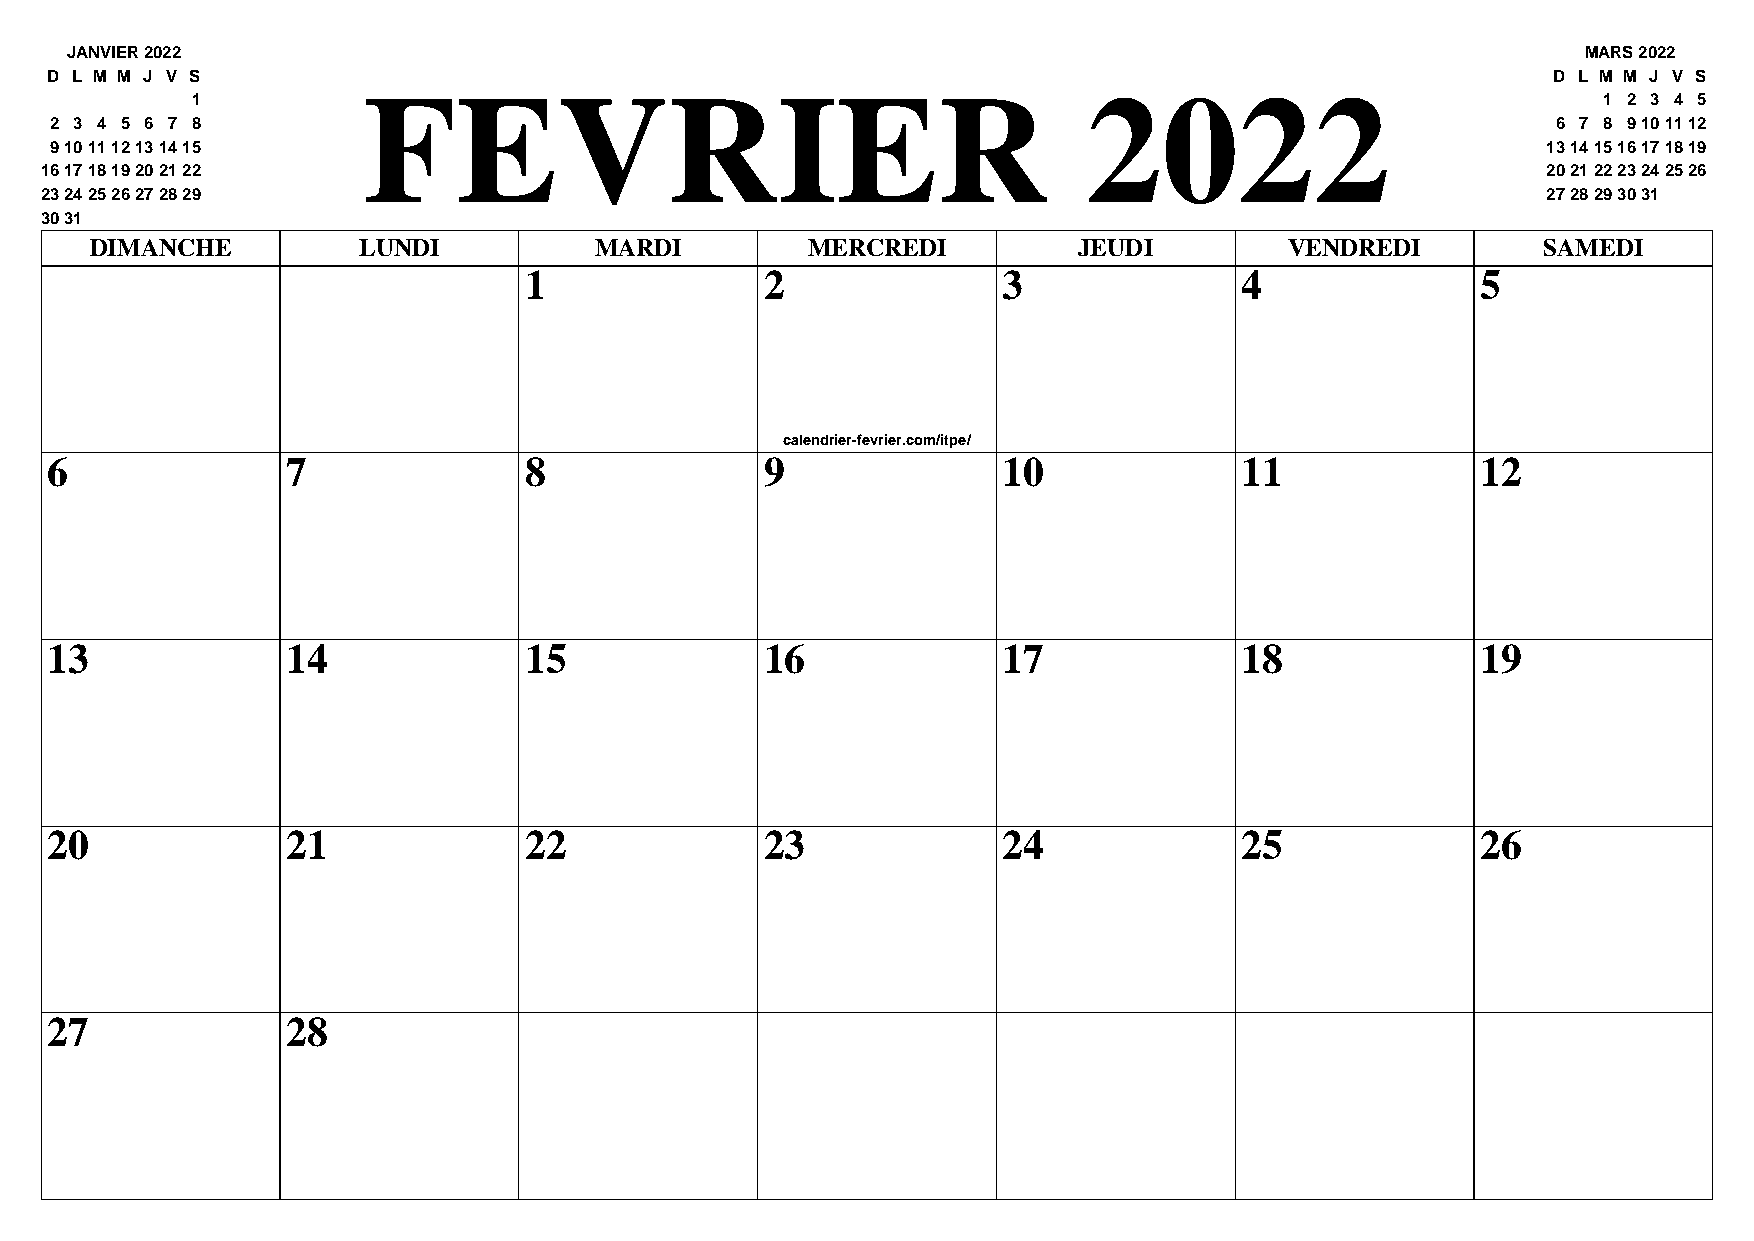
JANVIER 2022                                                                                         MARS 2022
 D L M M J V S                                                                                       D L M M J V S
 FEVRIER                                         2022
 1                                                                                            1 2 3 4 5
 2 3 4 5 6 7 8                                                                                       6 7 8 9101112
 9101112131415                                                                                      13141516171819
 16171819202122                                                                                     20212223242526
 23242526272829                                                                                     2728293031
 3031
 DIMANCHE          LUNDI          MARDI         MERCREDI          JEUDI         VENDREDI         SAMEDI
 1               2              3               4               5
 calendrier-fevrier.com/itpe/
 6               7               8               9              10              11              12
 13              14              15              16             17              18              19
 20              21              22              23             24              25              26
 27              28